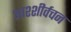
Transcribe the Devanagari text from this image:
आश्शीर्वचन